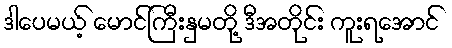
ဒါပေမယ့် မောင်ကြီးနှမတို့ ဒီအတိုင်း ကူးရအောင်